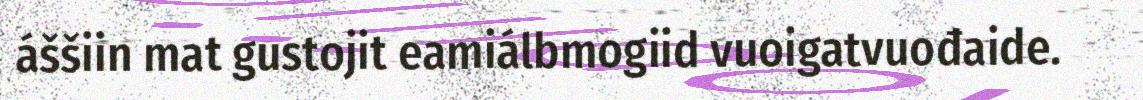
áššiin mat gustojit eamiálbmogiid vuoigatvuođaide.